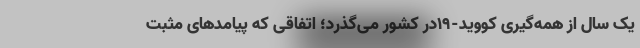
یک سال از همه‌گیری کووید-۱۹در کشور می‌گذرد؛ اتفاقی که پیامدهای مثبت